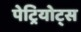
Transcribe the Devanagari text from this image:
पेट्रियोट्स